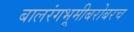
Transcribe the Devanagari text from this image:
बालरंगभूमीबरोबरच